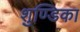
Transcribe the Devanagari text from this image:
शुण्डिका